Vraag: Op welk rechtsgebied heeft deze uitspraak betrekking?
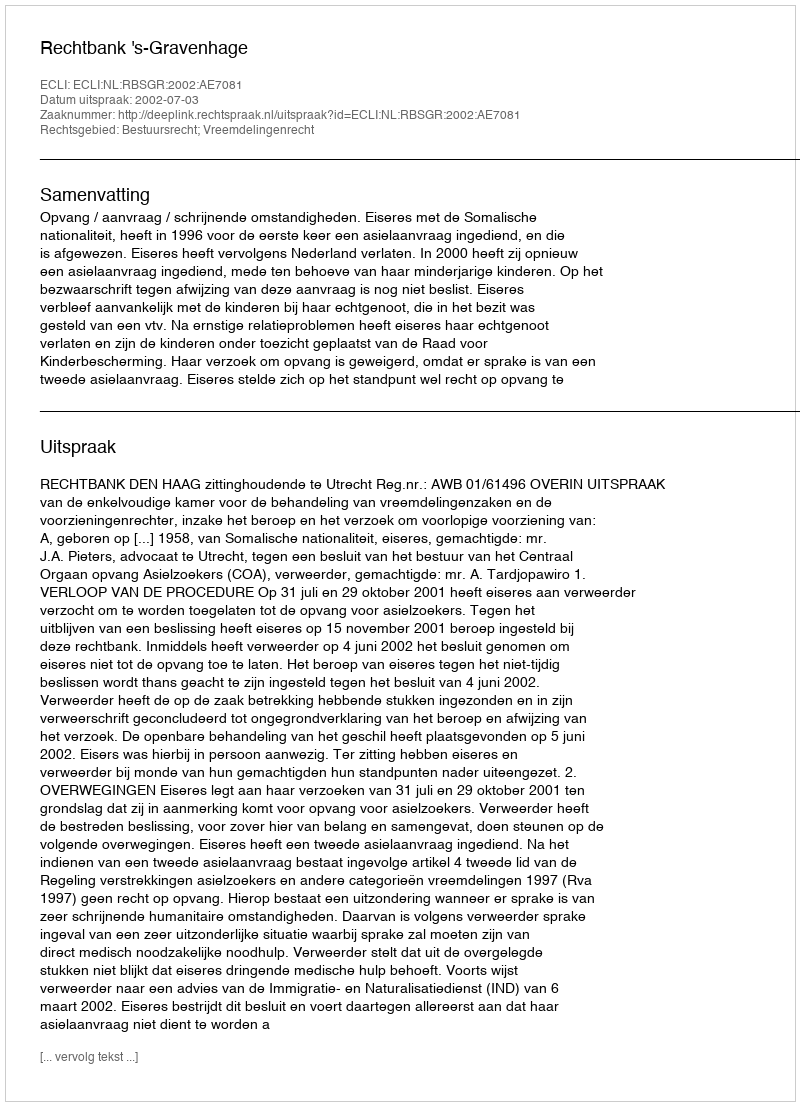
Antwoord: Bestuursrecht; Vreemdelingenrecht